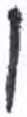
אות: ו